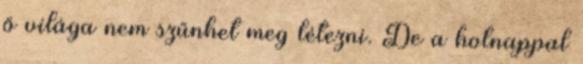
ő világa nem szűnhet meg létezni. De a holnappal